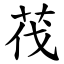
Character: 茷